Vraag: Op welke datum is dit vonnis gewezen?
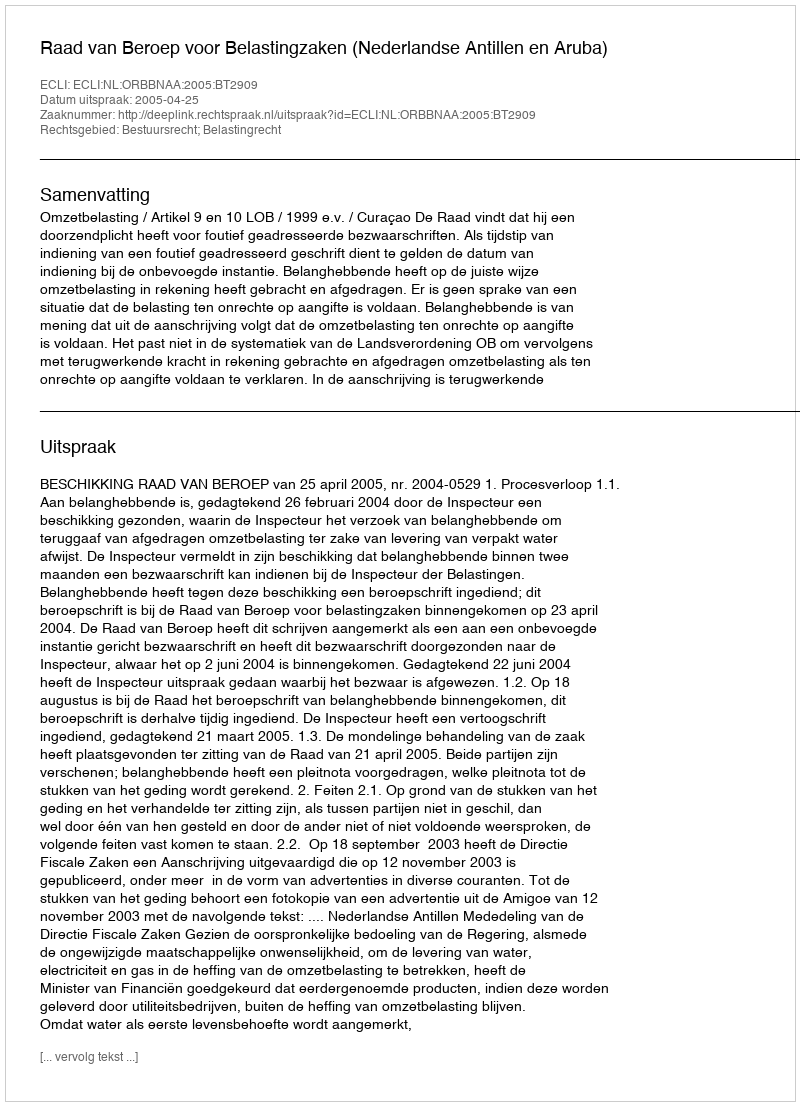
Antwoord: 2005-04-25